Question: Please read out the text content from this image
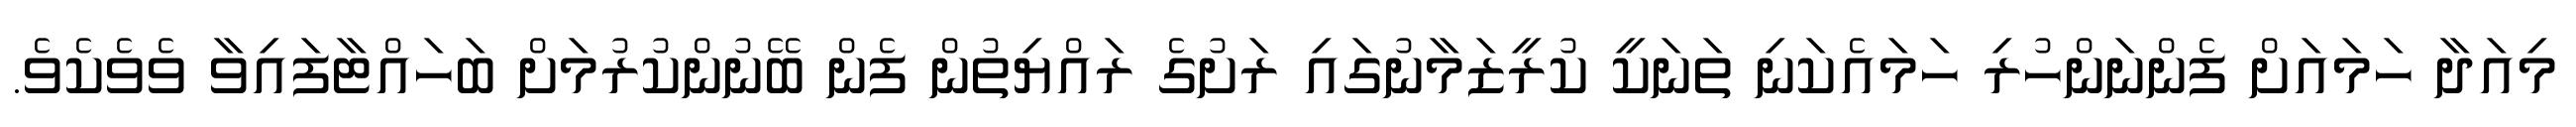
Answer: މިއަދާ ހަމައަށް ފެންނަންހުރި ހަމައެކަނި ތަނަކީ ކުރީޒަމާނުގައި ރަށުގެ ރައްޔިތުން ފެން ބޭނުންކުރުމަށް ބަހައްޓާފައިވާ ވެވެކެވެ.